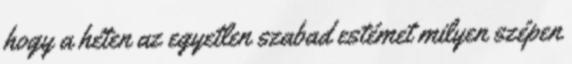
hogy a héten az egyetlen szabad estémet milyen szépen